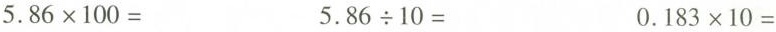
$$5 . 8 6 \times 1 0 0 =$$ $$5 . 8